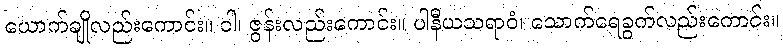
ယောက်ချိုလည်းကောင်း။ ဝါ၊ ဇွန်းလည်းကောင်း။ ပါနီယသရာဝံ၊ သောက်ရေခွက်လည်းကောင်း။